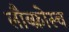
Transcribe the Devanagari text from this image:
लौब्फ्रोस्च